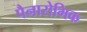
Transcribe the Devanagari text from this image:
पैनारोमिक